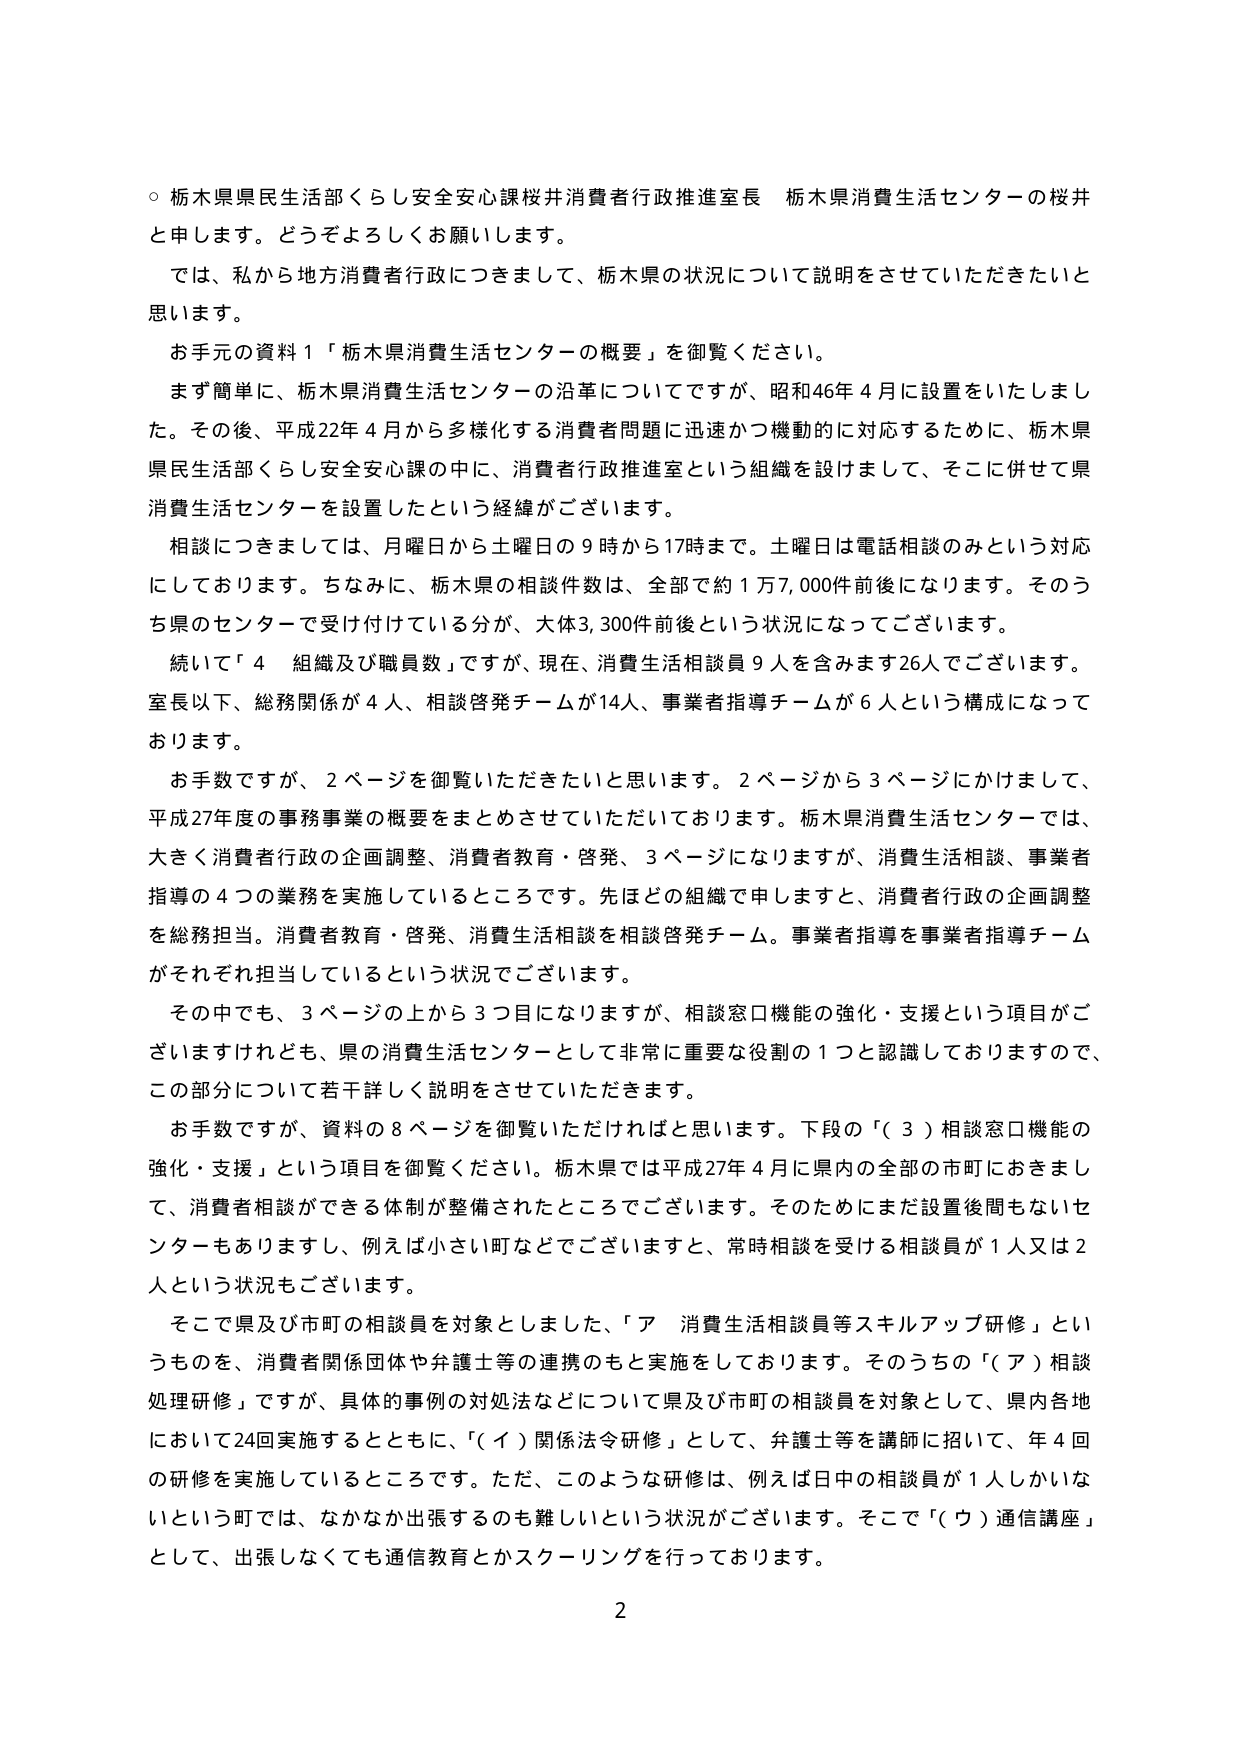
○ 栃木県県民生活部くらし安全安心課桜井消費者行政推進室長 栃木県消費生活センターの桜井と申します。どうぞよろしくお願いします。

では、私から地方消費者行政につきまして、栃木県の状況について説明をさせていただきたいと思います。

お手元の資料１「栃木県消費生活センターの概要」を御覧ください。

まず簡単に、栃木県消費生活センターの沿革についてですが、昭和46年４月に設置をいたしました。その後、平成22年４月から多様化する消費者問題に迅速かつ機動的に対応するために、栃木県県民生活部くらし安全安心課の中に、消費者行政推進室という組織を設けまして、そこに併せて県消費生活センターを設置したという経緯がございます。

相談につきましては、月曜日から土曜日の９時から17時まで。土曜日は電話相談のみという対応にしております。ちなみに、栃木県の相談件数は、全部で約１万7,000件前後になります。そのうち県のセンターで受け付けている分が、大体3,300件前後という状況になってございます。

続いて「４ 組織及び職員数」ですが、現在、消費生活相談員９人を含みます26人でございます。室長以下、総務関係が４人、相談啓発チームが14人、事業者指導チームが６人という構成になっております。

お手数ですが、２ページを御覧いただきたいと思います。２ページから３ページにかけまして、平成27年度の事務事業の概要をまとめさせていただいております。栃木県消費生活センターでは、大きく消費者行政の企画調整、消費者教育・啓発、３ページになりますが、消費生活相談、事業者指導の４つの業務を実施しているところです。先ほどの組織で申しますと、消費者行政の企画調整を総務担当。消費者教育・啓発、消費生活相談を相談啓発チーム。事業者指導を事業者指導チームがそれぞれ担当しているという状況でございます。

その中でも、３ページの上から３つ目になりますが、相談窓口機能の強化・支援という項目がございますけれども、県の消費生活センターとして非常に重要な役割の１つと認識しておりますので、この部分について若干詳しく説明をさせていただきます。

お手数ですが、資料の８ページを御覧いただければと思います。下段の「（３）相談窓口機能の強化・支援」という項目を御覧ください。栃木県では平成27年４月に県内の全部の市町におきまして、消費者相談ができる体制が整備されたところでございます。そのためにはまだ設置後間もないセンターもありますし、例えば小さい町などでございますと、常時相談を受ける相談員が１人又は２人という状況もございます。

そこで県及び市町の相談員を対象とした、「ア 消費生活相談員等スキルアップ研修」というものを、消費者関係団体や弁護士等の連携のもと実施しております。そのうちの「（ア）相談処理研修」ですが、具体的事例の対処法などについて県及び市町の相談員を対象として、県内各地において24回実施するとともに、「（イ）関係法令研修」として、弁護士等を講師に招いて、年４回の研修を実施しているところです。ただ、このような研修は、例えば日中の相談員が１人しかいないという町では、なかなか出張するのも難しいという状況がございます。そこで「（ウ）通信講座」として、出張しなくても通信教育とかスクーリングを行っております。

2